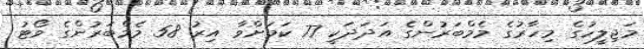
މަޖިލީހުގެ މިހާރުގެ މެމްބަރުންގެ އަދަދަކީ 77 ކަމަށްވާ އިރު 58 މެމްބަރުންގެ ވޯޓު